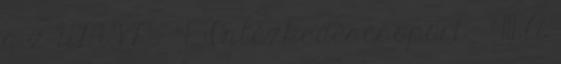
a z ÚMVP - 4. Intézkedéscsoport - 411 A